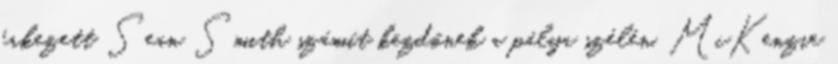
érkezett Sean Smith számít kezdőnek a pálya szélén. McKenzie